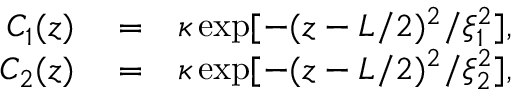
\begin{array} { r } { \begin{array} { r l r } { C _ { 1 } ( z ) } & { { } = } & { \kappa \exp [ - ( z - L / 2 ) ^ { 2 } / \xi _ { 1 } ^ { 2 } ] , } \\ { C _ { 2 } ( z ) } & { { } = } & { \kappa \exp [ - ( z - L / 2 ) ^ { 2 } / \xi _ { 2 } ^ { 2 } ] , } \end{array} } \end{array}